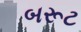
બરૂટ